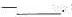
-___.